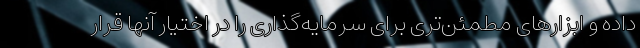
داده و ابزارهای مطمئن‌تری برای سرمایه‌گذاری را در اختیار آنها قرار